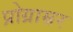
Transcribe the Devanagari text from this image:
प्रोग्राम्रर